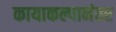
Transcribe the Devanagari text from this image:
कायाकल्पानंतर